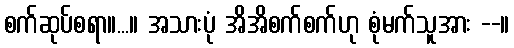
စက်ဆုပ်စရာ။...။ အသားပုံ အိအိစက်စက်ဟု စုံမက်သူအား --။